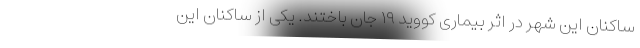
ساکنان این شهر در اثر بیماری کووید ۱۹ جان باختند. یکی از ساکنان این